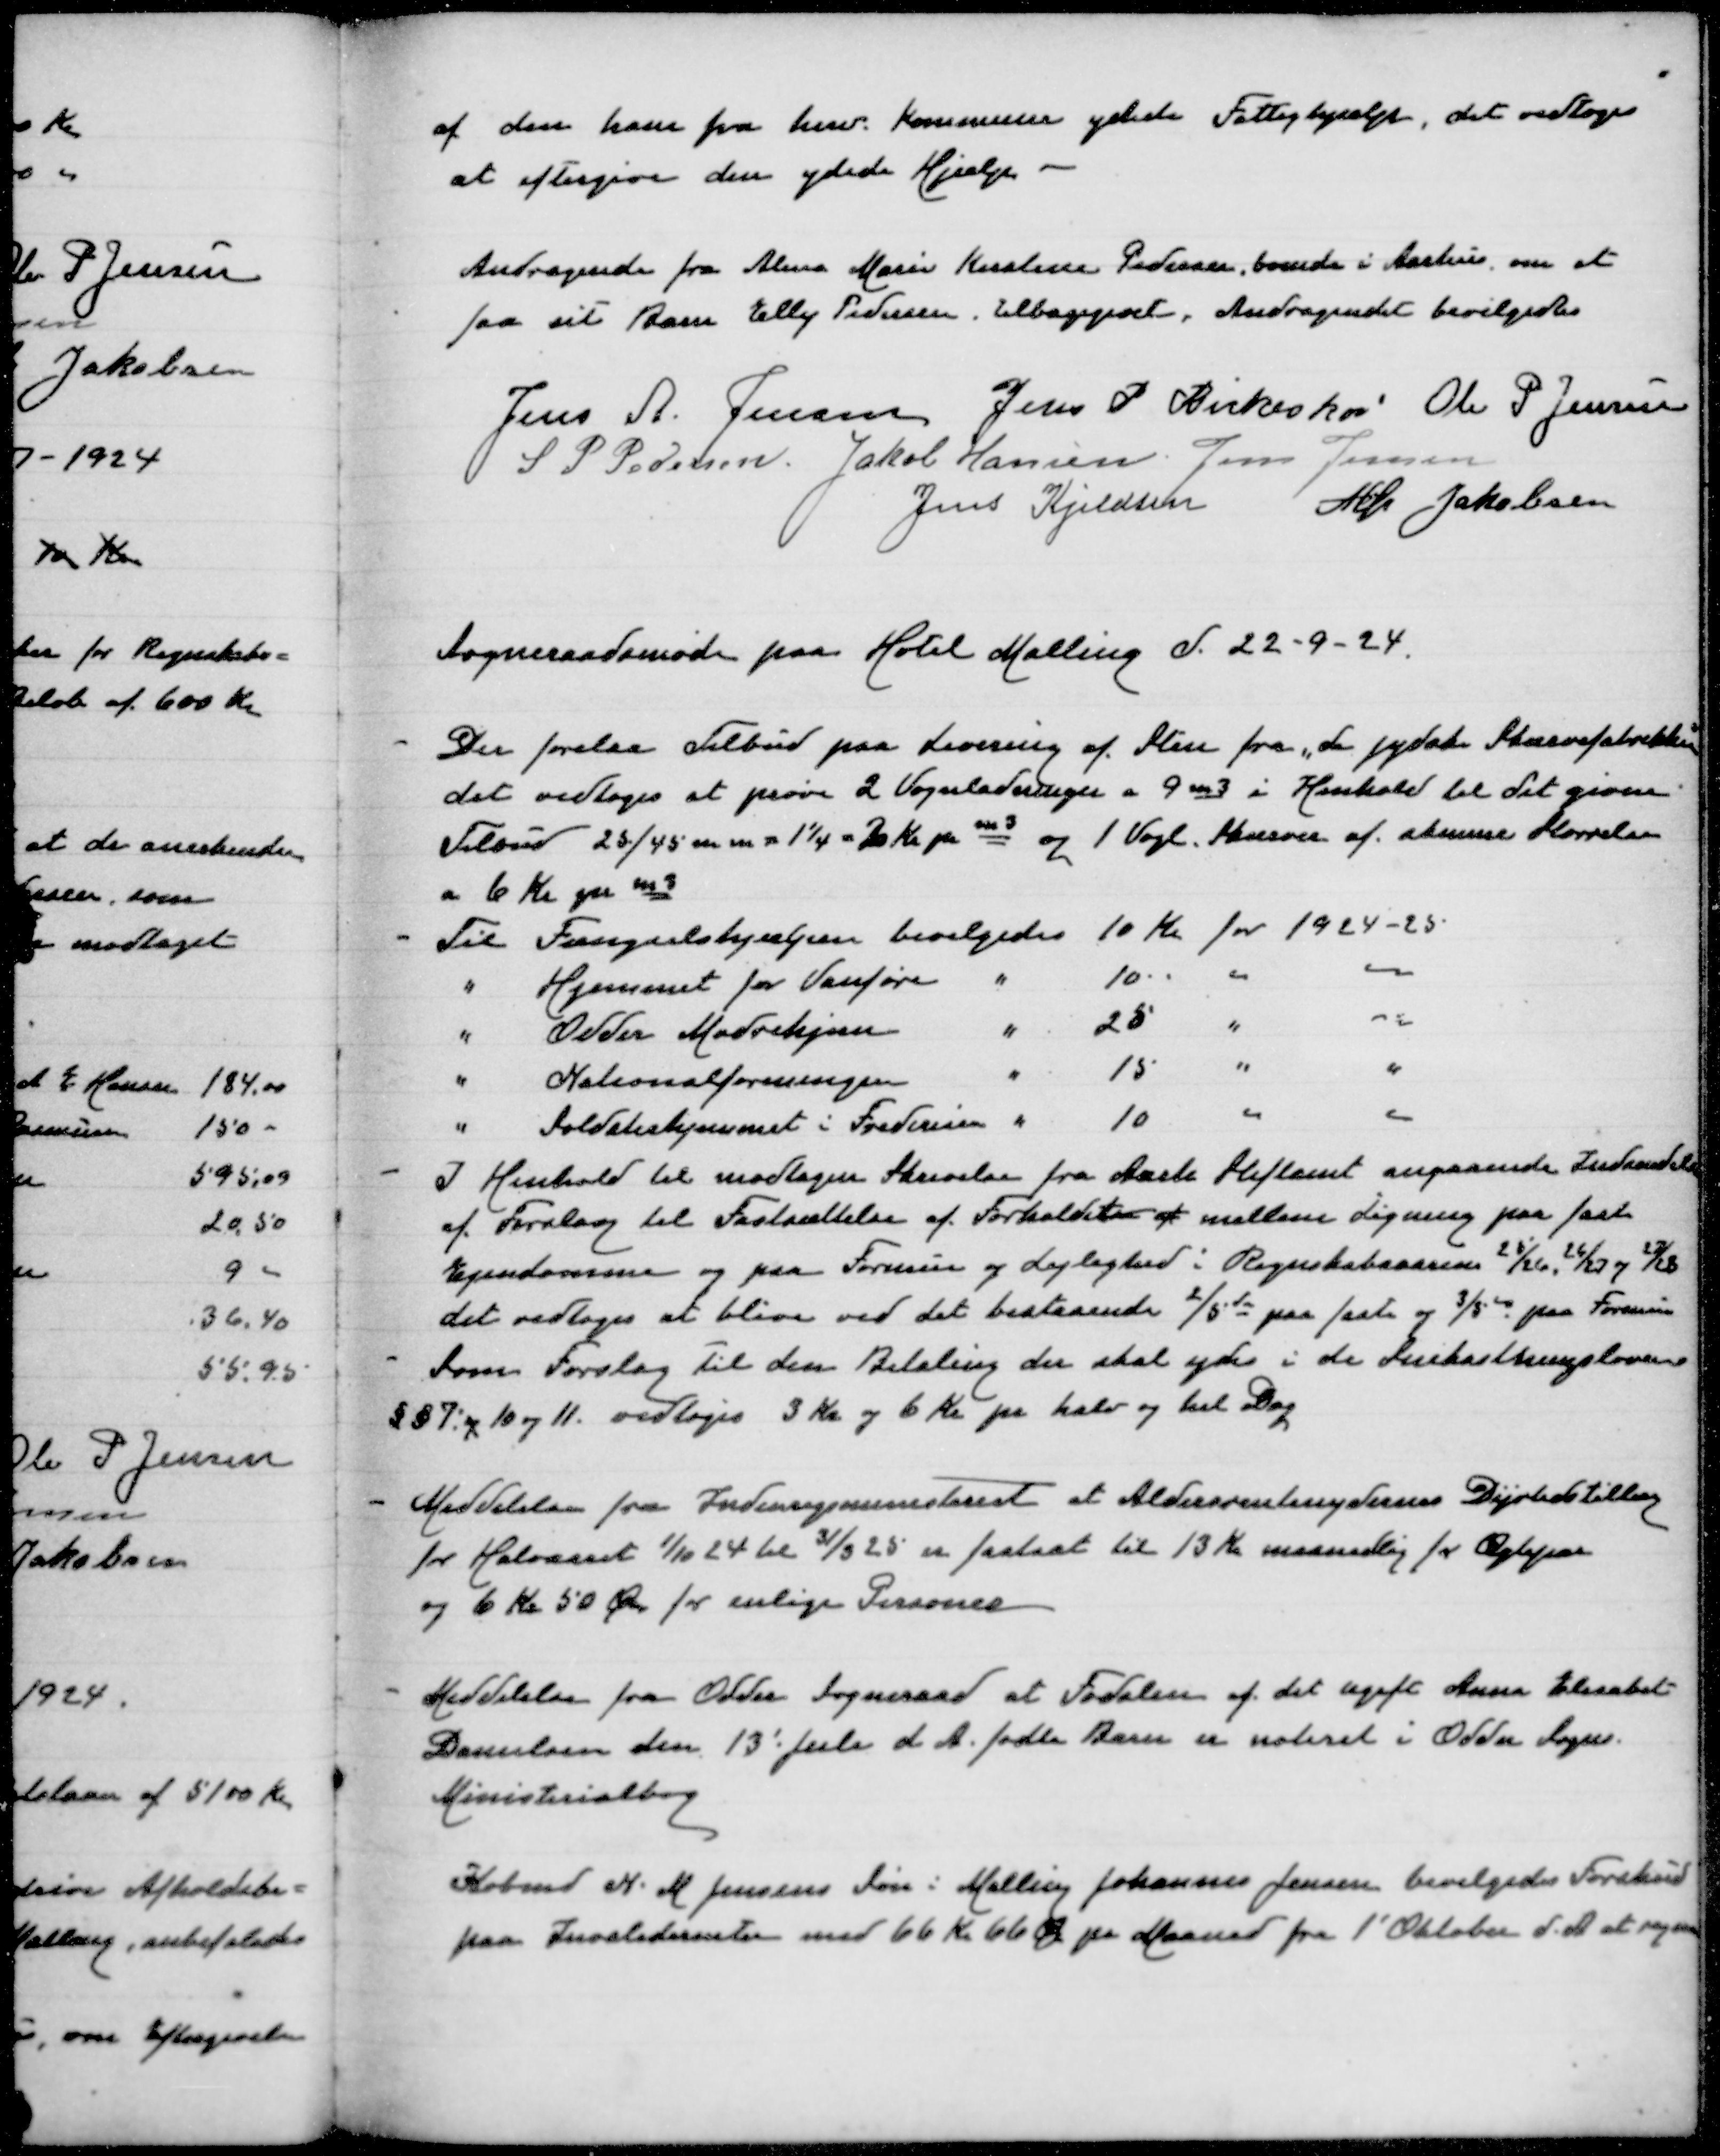
Transskription:
af den ham fra herv Kommune ydede Fattighjælp, det vedtoges
at eftergive den ydede Hjælp

Andragende fra Alma Marie Kirsten Pedersen, boende i Aarhus om at
faa sit Barn Elly Pedersen tilbagegivet. Andragendet bevilgedes

Jens A Jensen
Jens P Birkeskov
Ole P Jensen
S P Pedersen
Jakob Hansen
Jens Jensen
Jens Kjeldsen
Alfr Jakobsen

Sogneraadsmøde  paa Hotel Malling d 22-9-24

- Der forlaa Tilbud paa Levering af Sten fra "de jydske Skærvefabrikker"
det vedtoges at prøve 2vVognladninger a 9m3 i Henhold til det givne
Tilbud 23/45 m m = 11/4 = 2 Kr pr m3 1 Vognl Skærver af samme Størrelse
a 6 Kr pr m3
- Til Fængselshjælpen bevilgedes 10 Kr for 1924-25
" Hjemmet for Vanføre " 10 " "
" Odder Mødrehjælp " 25 " "
" Nationalforeningen " 15 " "
" Soldaterhjemmet i Fredericia " 10 " "
I Henhold til modtagen Skrivelse fra Aarh Stiftamt angaaende Indsendelse
af Forslag til Fastsættelse af Forholdet af mellem Ligning paa fast
Ejendom og paa Formue og Lejlighed i Regnskabsaarene 25/26, 26/27 og 27/28
det vedtoges at blive ved det bestaaende 2/5de paa faste og 3/5de paa Formue
- Som Forslag til den Betaling der skal ydes i de Snekastningslovene
§§ 7, 10 og 11 vedtoges 3 Kr og 6 Kr pr halv og hel Dag
. Meddelelse fra Indenrigsministeriet at Aldersrentenydernes Dyrtidstillæg
for Halvaaret 1/10 24 til 31/3 25 er fastsat til 13 Kr maanedlig for Ægtepar
og 6 Kr 50 Øre for enlige Personer
- Meddelelse fra Odder Sogneraad at Fødslen af det Ugift Anna Elisabet
Danielsen den 13' Juli d A fødte Barn er noteret i Odder Sogns
Ministerialbog
Købmd N M Jensens Søn i Malling Johannes Jensen bevilgedes Forskud
paa Invaliderente med 66 Kr 66 Øre pr Maaned fra 1' Oktober d A at regne